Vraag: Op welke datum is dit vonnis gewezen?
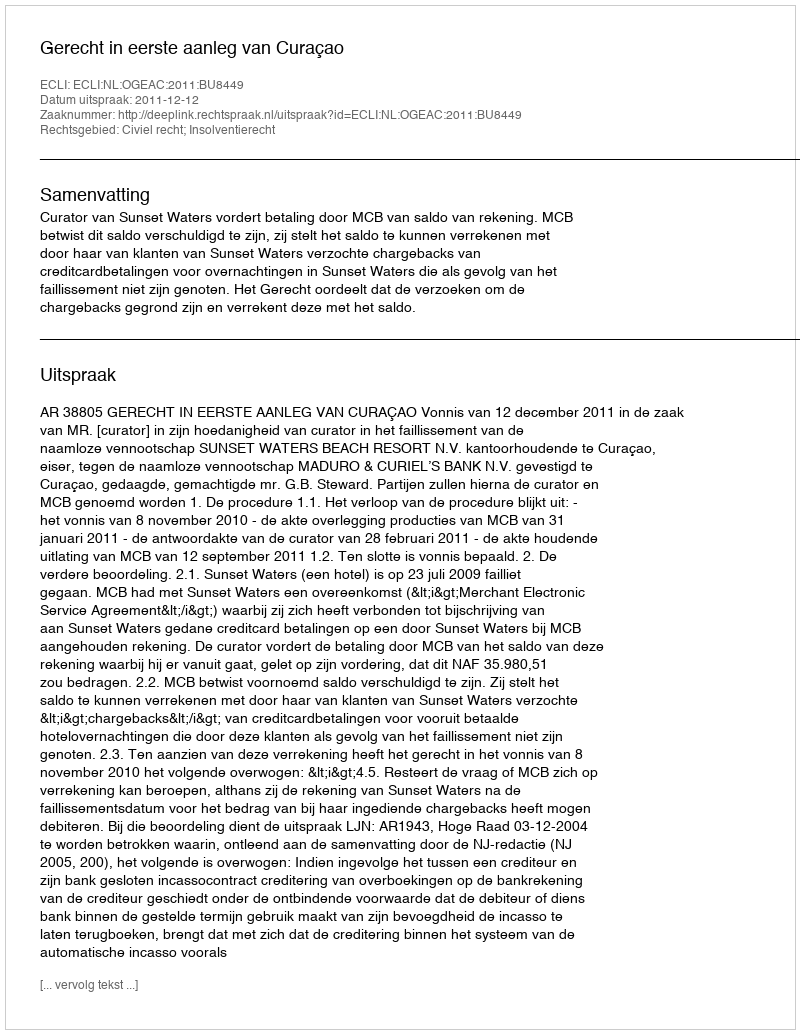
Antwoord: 2011-12-12